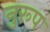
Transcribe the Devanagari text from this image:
नुरूप